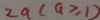
2 a ( a \geq 1 )